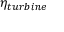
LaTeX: \eta _ { t u r b i n e }